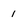
Character: 1